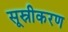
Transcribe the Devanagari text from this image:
सूस्रीकरण